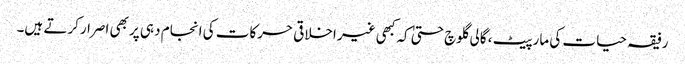
رفیقہ حیات کی مارپیٹ ، گالی گلوچ حتیٰ کہ کبھی غیر اخلاقی حرکات کی انجام دہی پر بھی اصرارکرتے ہیں۔